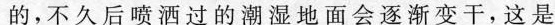
的，不久后喷洒过的潮湿地面会逐渐变干，这是